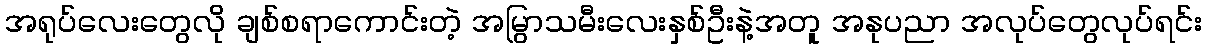
အရုပ်လေးတွေလို ချစ်စရာကောင်းတဲ့ အမြွာသမီးလေးနှစ်ဦးနဲ့အတူ အနုပညာ အလုပ်တွေလုပ်ရင်း